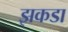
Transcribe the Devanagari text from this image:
झकडा